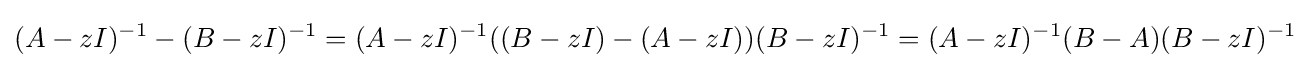
(A-zI)^{-1}-(B-zI)^{-1}=(A-zI)^{-1}((B-zI)-(A-zI))(B-zI)^{-1}=(A-zI)^{-1}(B-A)(B-zI)^{-1}